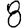
Digit: 8